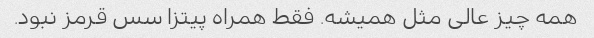
همه چیز عالی مثل همیشه. فقط همراه پیتزا سس قرمز نبود.